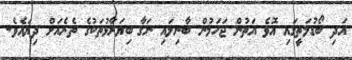
އަދި ބޯޑުމަތީގައި އޮވެ އަތުން ޖަހަމުން ބާނިލައި ނަގާ ބިޔަރާޅުތަކުގެ ތެރެއަށް ދިޔައެވެ.